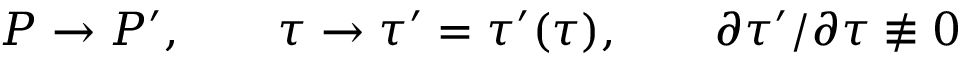
{ \cal P } \rightarrow { \cal P } ^ { \prime } , \qquad \tau \rightarrow \tau ^ { \prime } = \tau ^ { \prime } ( \tau ) , \qquad \partial \tau ^ { \prime } / \partial \tau \not \equiv 0